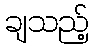
ချသည့်